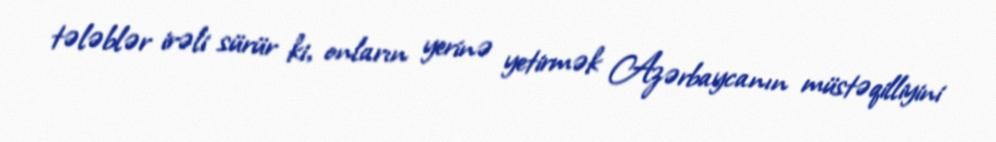
tələblər irəli sürür ki, onların yerinə yetirmək Azərbaycanın müstəqilliyini